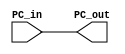
module PC(input [31:0] PC_in,output reg [31:0] PC_out);
	
	initial PC_out = 32'b0;
	
	always @ (PC_in) 
	begin
	#50;
		PC_out = PC_in;			
	end

endmodule